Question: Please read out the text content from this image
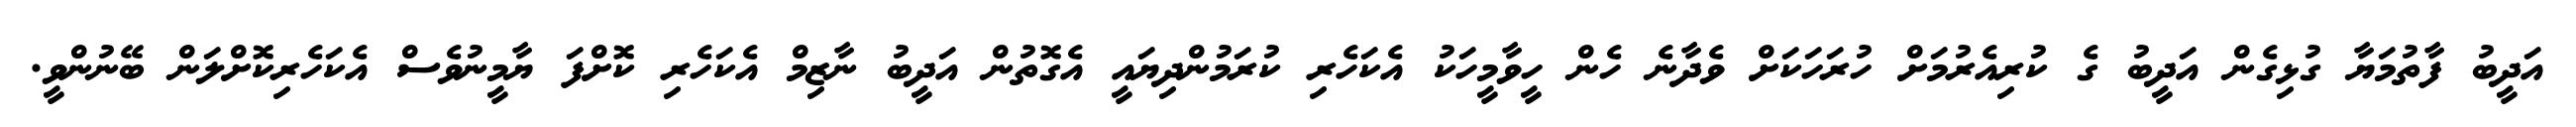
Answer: އަދީބު ފާތުމަޔާ ގުޅިގެން އަދީބު ގެ ކުރިއެރުމަށް ހުރަހަކަށް ވެދާނެ ހެން ހީވާމީހަކު އެކަހެރި ކުރަމުންދިޔައީ އެގޮތުން އަދީބު ނާޒިމް އެކަހެރި ކޮށްފަ ޔާމީނުވެސް އެކަހެރިކޮށްލަން ބޭނުންވީ.